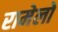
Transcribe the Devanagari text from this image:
रामेलो